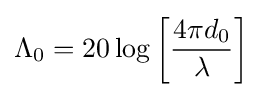
\Lambda _{0}=20\log \left[{\frac {4\pi d_{0}}{\lambda }}\right]